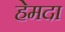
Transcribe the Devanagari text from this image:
हेमदा